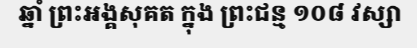
ឆ្នាំ ព្រះអង្គសុគត ក្នុង ព្រះជន្ម ១០៨ វស្សា